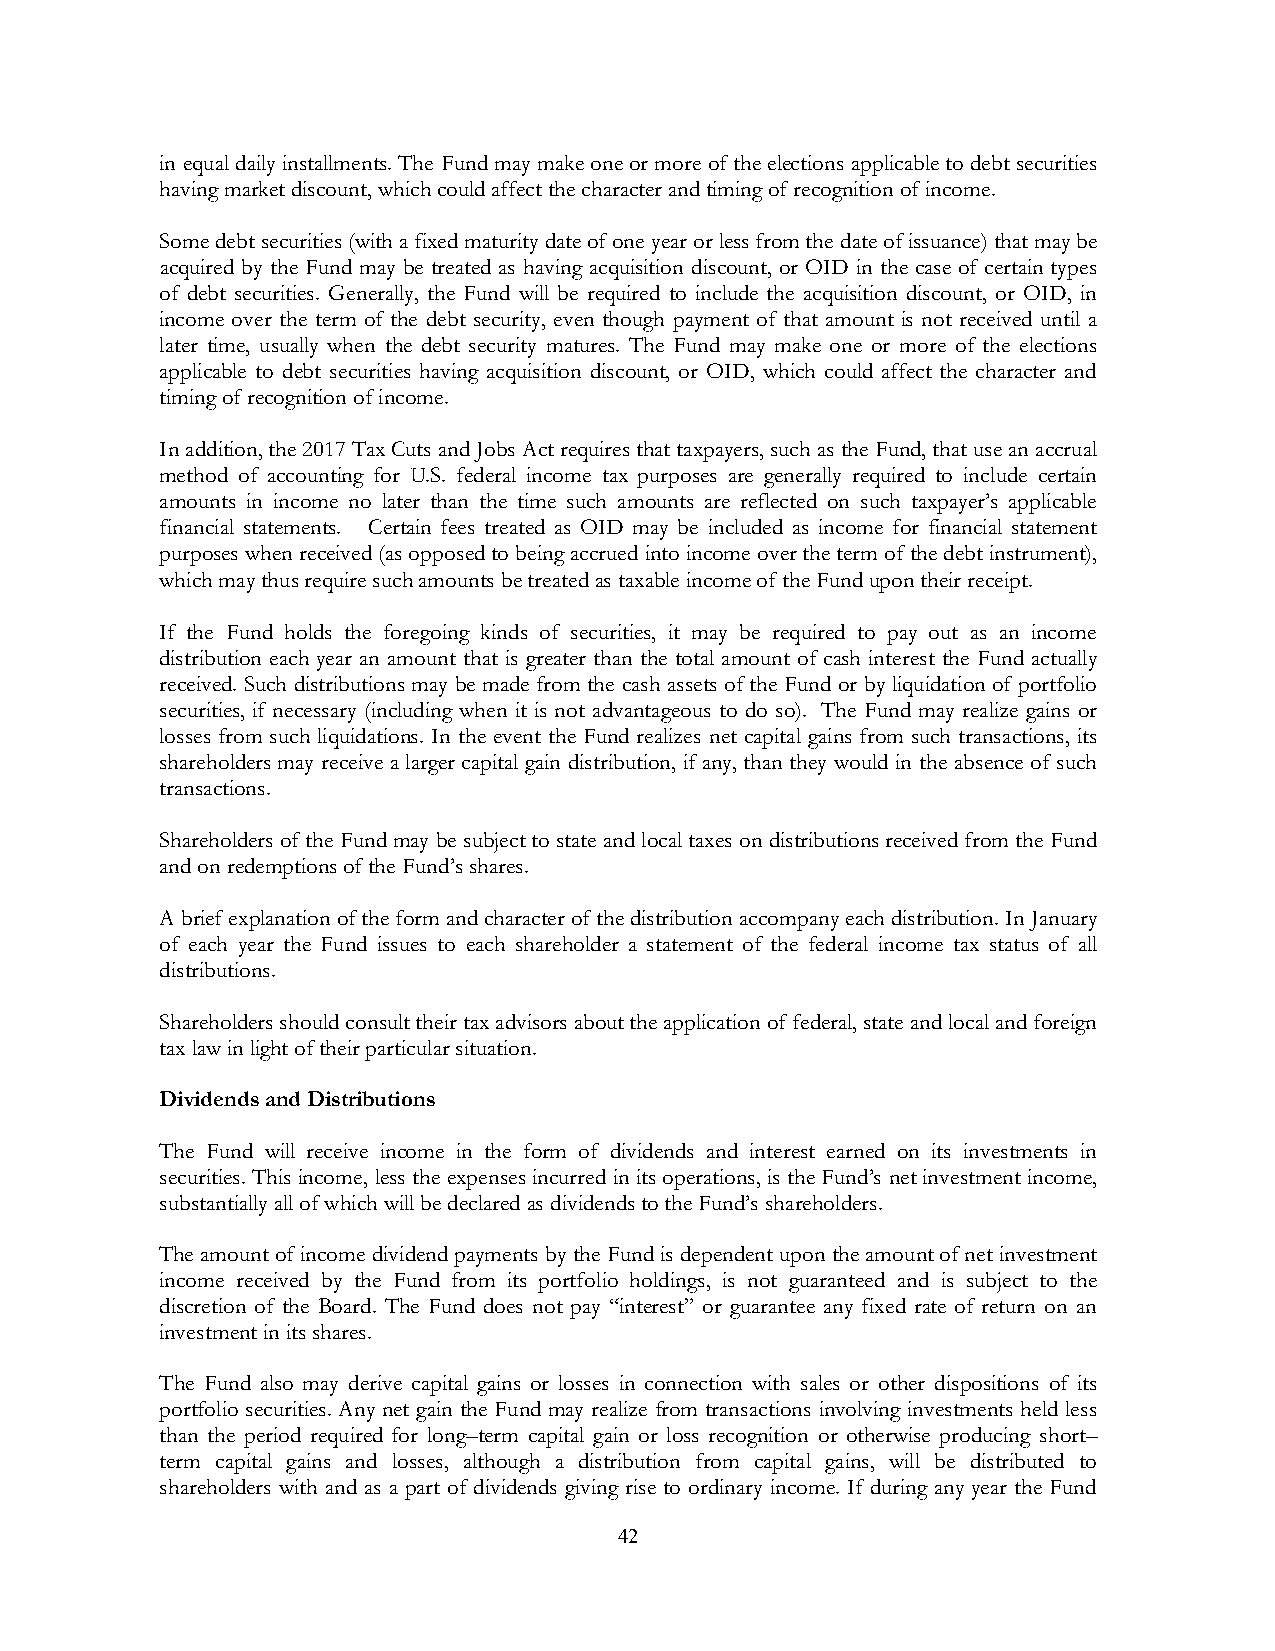
in equal daily installments. The Fund may make one or more of the elections applicable to debt securities
 having market discount, which could affect the character and timing of recognition of income.
 Some debt securities (with a fixed maturity date of one year or less from the date of issuance) that may be
 acquired by the Fund may be treated as having acquisition discount, or OID in the case of certain types
 of debt securities. Generally, the Fund will be required to include the acquisition discount, or OID, in
 income over the term of the debt security, even though payment of that amount is not received until a
 later time, usually when the debt security matures. The Fund may make one or more of the elections
 applicable to debt securities having acquisition discount, or OID, which could affect the character and
 timing of recognition of income.
 In addition, the 2017 Tax Cuts and Jobs Act requires that taxpayers, such as the Fund, that use an accrual
 method of accounting for U.S. federal income tax purposes are generally required to include certain
 amounts in income no later than the time such amounts are reflected on such taxpayer’s applicable
 financial statements. Certain fees treated as OID may be included as income for financial statement
 purposes when received (as opposed to being accrued into income over the term of the debt instrument),
 which may thus require such amounts be treated as taxable income of the Fund upon their receipt.
 If the Fund holds the foregoing kinds of securities, it may be required to pay out as an income
 distribution each year an amount that is greater than the total amount of cash interest the Fund actually
 received. Such distributions may be made from the cash assets of the Fund or by liquidation of portfolio
 securities, if necessary (including when it is not advantageous to do so). The Fund may realize gains or
 losses from such liquidations. In the event the Fund realizes net capital gains from such transactions, its
 shareholders may receive a larger capital gain distribution, if any, than they would in the absence of such
 transactions.
 Shareholders of the Fund may be subject to state and local taxes on distributions received from the Fund
 and on redemptions of the Fund’s shares.
 A brief explanation of the form and character of the distribution accompany each distribution. In January
 of each year the Fund issues to each shareholder a statement of the federal income tax status of all
 distributions.
 Shareholders should consult their tax advisors about the application of federal, state and local and foreign
 tax law in light of their particular situation.
 Dividends and Distributions
 The Fund will receive income in the form of dividends and interest earned on its investments in
 securities. This income, less the expenses incurred in its operations, is the Fund’s net investment income,
 substantially all of which will be declared as dividends to the Fund’s shareholders.
 The amount of income dividend payments by the Fund is dependent upon the amount of net investment
 income received by the Fund from its portfolio holdings, is not guaranteed and is subject to the
 discretion of the Board. The Fund does not pay “interest” or guarantee any fixed rate of return on an
 investment in its shares.
 The Fund also may derive capital gains or losses in connection with sales or other dispositions of its
 portfolio securities. Any net gain the Fund may realize from transactions involving investments held less
 than the period required for long–term capital gain or loss recognition or otherwise producing short–
 term capital gains and losses, although a distribution from capital gains, will be distributed to
 shareholders with and as a part of dividends giving rise to ordinary income. If during any year the Fund
 42